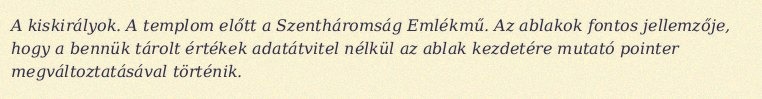
A kiskirályok. A templom előtt a Szentháromság Emlékmű. Az ablakok fontos jellemzője, hogy a bennük tárolt értékek adatátvitel nélkül az ablak kezdetére mutató pointer megváltoztatásával történik.